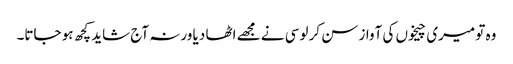
وہ تو میری چیخوں کی آواز سن کر لوسی نے مجھے اٹھا دیا ورنہ آج شاید کچھ ہو جاتا۔